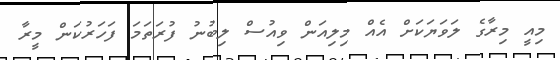
މިއީ މިރާގެ ލަވަޔަަކަށް އެއް މިލިއަން ވިއުސް ލިބުނު ފުރަތަަމަ ފަހަރުކަން މީރާ